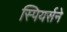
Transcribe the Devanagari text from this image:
स्पियर्सने